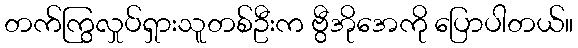
တက်ကြွလှုပ်ရှားသူတစ်ဦးက ဗွီအိုအေကို ပြောပါတယ်။